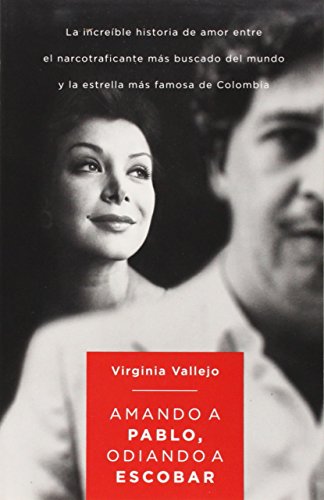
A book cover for Amando a Pablo, Odiando a Escobar (Spanish Edition); Virginia Vallejo; Biographies & Memoirs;